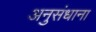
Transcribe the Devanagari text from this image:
अनुसंधाना